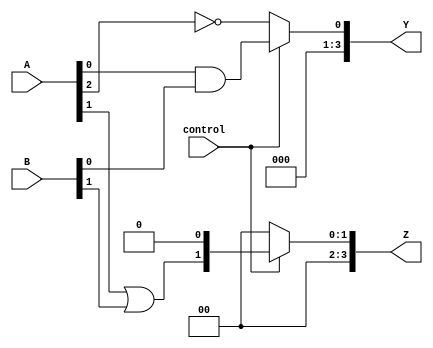
module AdjacencyGroup (
    input wire [3:0] A,      // 4-bit input A
    input wire [3:0] B,      // 4-bit input B
    input wire control,       // Control signal to activate group
    output wire [3:0] Y,     // 4-bit output Y
    output wire [3:0] Z      // 4-bit output Z
);

// Internal signals for logic operations
wire and_result, or_result, not_result;

// Logic function implementations
assign and_result = A[0] & B[0]; // AND operation
assign or_result = A[1] | B[1];  // OR operation
assign not_result = ~A[2];        // NOT operation

// Control logic to manage outputs based on control signal
assign Y = (control) ? {3'b000, and_result} : {3'b000, not_result}; // Output for Y based on control
assign Z = (control) ? {2'b00, or_result, 1'b0} : 4'b0000;           // Output for Z based on control

endmodule